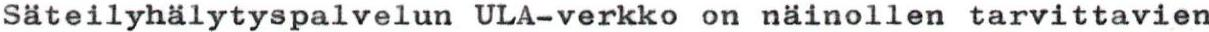
Säteilyhälytyspalvelun ULA-verkko on näinollen tarvittavien